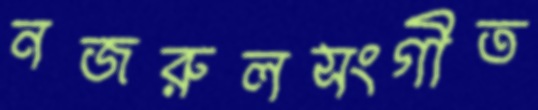
নজরুলসংগীত